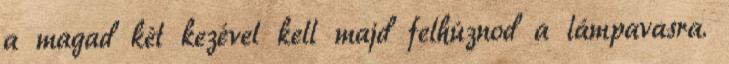
a magad két kezével kell majd felhúznod a lámpavasra.